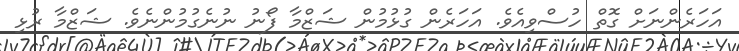
އަހަރެންނަށް ގޮތް ހުސްވިއެވެ. އަހަރެން ގުޅުމުން ޝަޒްމާ ފޯނު ނުނެގުމުންނެވެ. ޝަޒްމާ ރުޅި